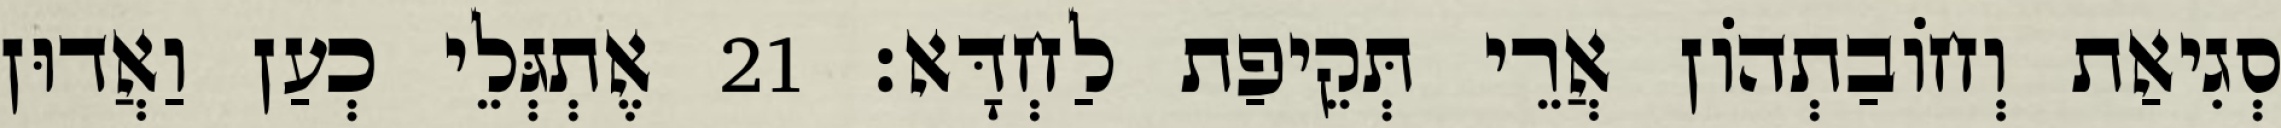
סְגִיאַת וְחוֹבַתְהוֹן אֲרֵי תְּקֵיפַת לַחְדָּא׃ 21 אֶתְגְּלֵי כְעַן וַאֲדוּן